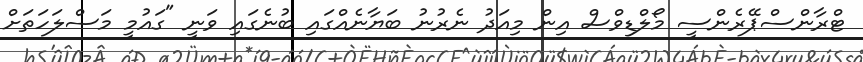
ޓްރާންސްޕޭރެންސީ މޯލްޑިވްސް އިން މިއަދު ނެރުނު ބަޔާނެއްގައި ބުނެގައި ވަނީ "ގައުމީ މަސްލަހަތަށް